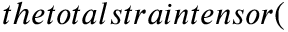
t h e t o t a l s t r a i n t e n s o r (